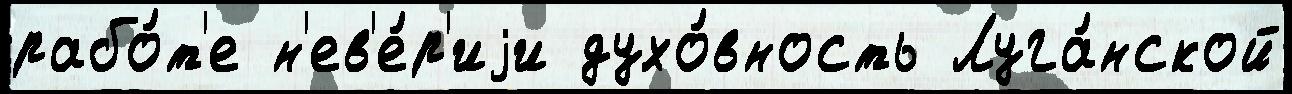
рабо́т'е н'ев'е́р'иjи духо́вность Луга́нской